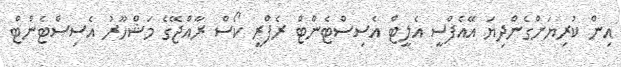
އިން ކުރިޔަށްގެންދިޔަ އޭއެފްސީ އެލީޓް އެސިސްޓެންޓް ރެފްރީ ކޯސް ރާއްޖޭގެ މަޝްހޫރު އެސިސްޓެންޓް